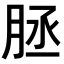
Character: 𦚦